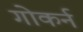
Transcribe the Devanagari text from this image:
गोकर्न